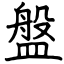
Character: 盤